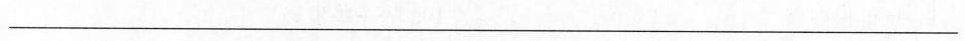
___